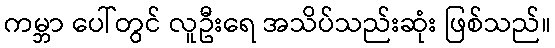
ကမ္ဘာ ပေါ်တွင် လူဦးရေ အသိပ်သည်းဆုံး ဖြစ်သည်။